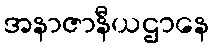
အနာဇာနီယဌာနေ